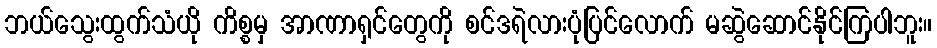
ဘယ်သွေးထွက်သံယို ကိစ္စမှ အာဏာရှင်တွေကို စင်ဒရဲလားပုံပြင်လောက် မဆွဲဆောင်နိုင်ကြပါဘူး။